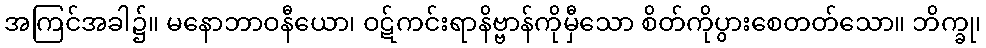
အကြင်အခါ၌။ မနောဘာဝနီယော၊ ဝဋ်ကင်းရာနိဗ္ဗာန်ကိုမှီသော စိတ်ကိုပွားစေတတ်သော။ ဘိက္ခု၊